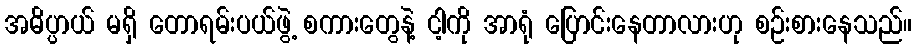
အဓိပ္ပာယ် မရှိ တောရမ်းပယ်ဖွဲ့ စကားတွေနဲ့ ငါ့ကို အာရုံ ပြောင်းနေတာလားဟု စဉ်းစားနေသည်။